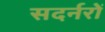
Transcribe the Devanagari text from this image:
सदर्नरों